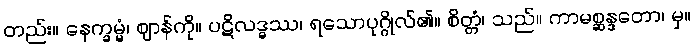
တည်း။ နေက္ခမ္မံ၊ ဈာန်ကို။ ပဋိလဒ္ဓဿ၊ ရသောပုဂ္ဂိုလ်၏။ စိတ္တံ၊ သည်။ ကာမစ္ဆန္ဒတော၊ မှ။